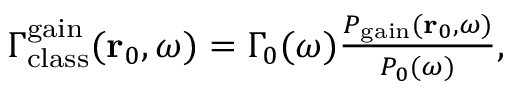
\begin{array} { r } { \Gamma _ { \mathrm { c l a s s } } ^ { \mathrm { g a i n } } ( \mathbf { r } _ { 0 } , \omega ) = \Gamma _ { 0 } ( \omega ) \frac { P _ { \mathrm { g a i n } } ( \mathbf { r } _ { 0 } , \omega ) } { P _ { 0 } ( \omega ) } , } \end{array}